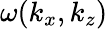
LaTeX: \omega(k_{x},k_{z})